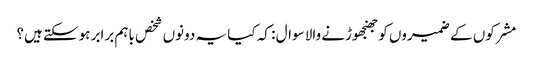
مشرکوں کے ضمیروں کو جھنجھوڑنے والا سوال : کہ کیا یہ دونوں شخص باہم برابر ہوسکتے ہیں؟